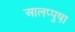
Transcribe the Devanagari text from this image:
आलप्पुषा़